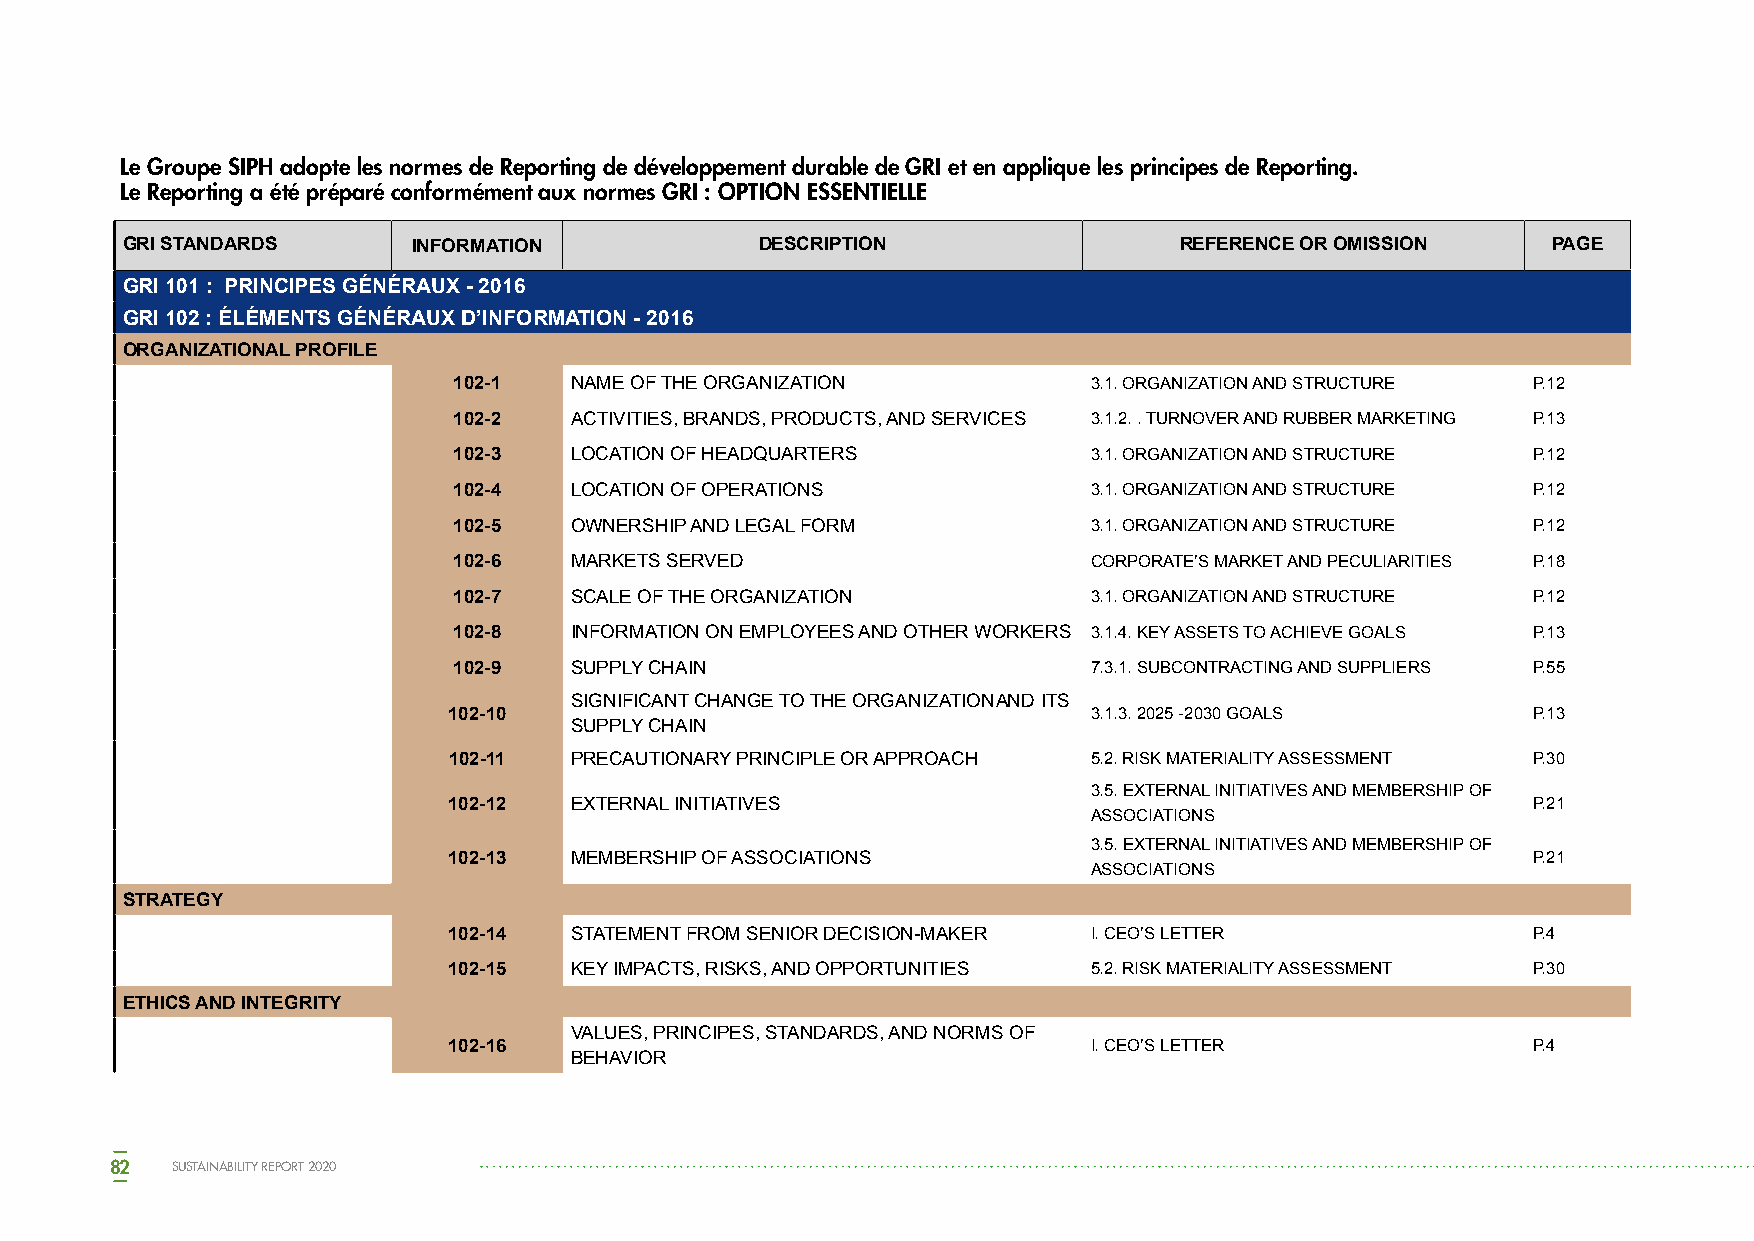
Le Groupe SIPH adopte les normes de Reporting de développement durable de GRI et en applique les principes de Reporting.
 Le Reporting a été préparé conformément aux normes GRI : OPTION ESSENTIELLE
 GRI STANDARDS      INFORMATION            DESCRIPTION                 REFERENCE OR OMISSION    PAGE
 GRI 101 : PRINCIPES GÉNÉRAUX - 2016
 GRI 102 : ÉLÉMENTS GÉNÉRAUX D’INFORMATION - 2016
 ORGANIZATIONAL PROFILE
 102-1   NAME OF THE ORGANIZATION          3.1. ORGANIZATION AND STRUCTURE P.12
 102-2   ACTIVITIES, BRANDS, PRODUCTS, AND SERVICES 3.1.2. . TURNOVER AND RUBBER MARKETING P.13
 102-3   LOCATION OF HEADQUARTERS          3.1. ORGANIZATION AND STRUCTURE P.12
 102-4   LOCATION OF OPERATIONS            3.1. ORGANIZATION AND STRUCTURE P.12
 102-5   OWNERSHIP AND LEGAL FORM          3.1. ORGANIZATION AND STRUCTURE P.12
 102-6   MARKETS SERVED                    CORPORATE’S MARKET AND PECULIARITIES P.18
 102-7   SCALE OF THE ORGANIZATION         3.1. ORGANIZATION AND STRUCTURE P.12
 102-8   INFORMATION ON EMPLOYEES AND OTHER WORKERS 3.1.4. KEY ASSETS TO ACHIEVE GOALS P.13
 102-9   SUPPLY CHAIN                      7.3.1. SUBCONTRACTING AND SUPPLIERS P.55
 SIGNIFICANT CHANGE TO THE ORGANIZATION AND ITS
 102-10                                    3.1.3. 2025 -2030 GOALS      P.13
 SUPPLY CHAIN
 102-11  PRECAUTIONARY PRINCIPLE OR APPROACH 5.2. RISK MATERIALITY ASSESSMENT P.30
 3.5. EXTERNAL INITIATIVES AND MEMBERSHIP OF
 102-12  EXTERNAL INITIATIVES                                           P.21
 ASSOCIATIONS
 3.5. EXTERNAL INITIATIVES AND MEMBERSHIP OF
 102-13  MEMBERSHIP OF ASSOCIATIONS                                     P.21
 ASSOCIATIONS
 STRATEGY
 102-14  STATEMENT FROM SENIOR DECISION-MAKER I. CEO’S LETTER           P.4
 102-15  KEY IMPACTS, RISKS, AND OPPORTUNITIES 5.2. RISK MATERIALITY ASSESSMENT P.30
 ETHICS AND INTEGRITY
 VALUES, PRINCIPES, STANDARDS, AND NORMS OF
 102-16                                    I. CEO’S LETTER              P.4
 BEHAVIOR
 82  SUSTAINABILITY REPORT 2020